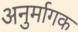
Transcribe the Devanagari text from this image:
अनुर्मागक